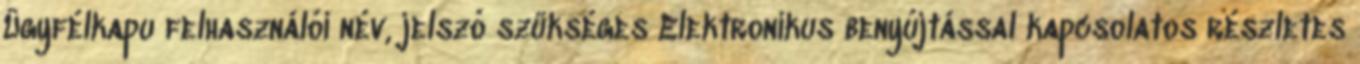
Ügyfélkapu felhasználói név, jelszó szükséges Elektronikus benyújtással kapcsolatos részletes